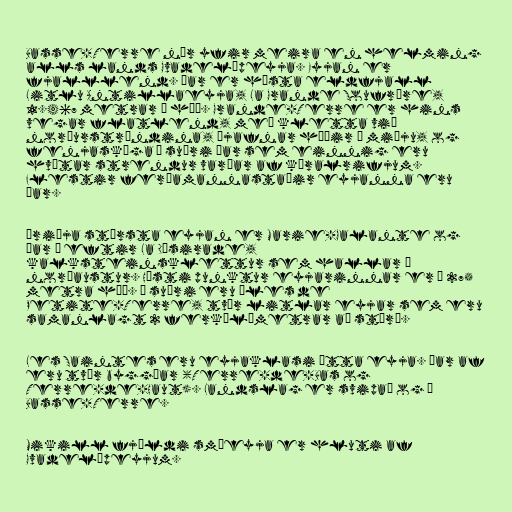
Basse-Terre nær yfir meira en helming
alls lands Gvadelúpeyja. Eyjan er
fjalllend. Þar er hæsta eldfjall
Litlu Antillaeyja, La Grande Soufrére,
1.467 metrar á hæð. Grande-Terre er hins
vegar flatlend, með kletta við
norðurströndina, ójafnar hæðir í miðju, og
fenjaskóga í suðri þar sem einnig eru
hvítar strendur varðar af kóralrifjum.
Flestir ferðamannastaðir eyjanna eru
þar.

Þriðja stærsta eyjan er Marie-Galante og
þar á eftir La Désirade,
kalksteinsklettur sem hallar í
norðaustur. Hæsti punktur eyjarinnar er í 275
metra hæð. Í suðri eru Îles de
Petite-Terre, tvær litlar eyjar sem eru
samanlagt 2 ferkílómetrar að stærð.

Les Saintes eru eyjaklasi átta eyja. Þar af
eru tvær byggðar (Terre-de-Bas og
Terre-de-Haut). Landslag er svipað og á
Basse-Terre.

Mikill fjöldi smáeyja er hluti af
Gvadelúpeyjum.